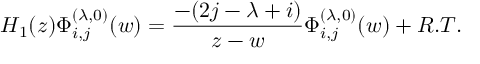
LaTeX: H _ { 1 } ( z ) \Phi _ { i , j } ^ { ( \lambda , 0 ) } ( w ) = \frac { - ( 2 j - \lambda + i ) } { z - w } \Phi _ { i , j } ^ { ( \lambda , 0 ) } ( w ) + R . T .